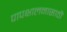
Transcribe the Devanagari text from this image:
पापक्षालनासाठी